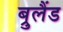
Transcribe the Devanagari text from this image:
ब्रुलैंड